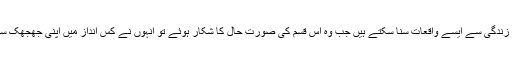
والدین انہیں اپنی زندگی سے ایسے واقعات سنا سکتے ہیں جب وہ اس قسم کی صورت حال کا شکار ہوئے تو انہوں نے کس انداز میں اپنی جھجھک سے چھٹکارہ پایا۔